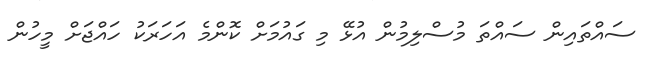
ސައްތައިން ސައްތަ މުސްލިމުން އުޅޭ މި ގައުމަށް ކޮންމެ އަހަރަކު ހައްޖަށް މީހުން